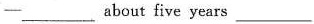
——_____about five years___